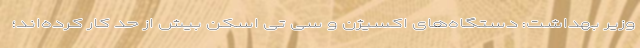
وزیر بهداشت: دستگاه‌های اکسیژن و سی تی اسکن بیش از حد کار کرده‌اند؛